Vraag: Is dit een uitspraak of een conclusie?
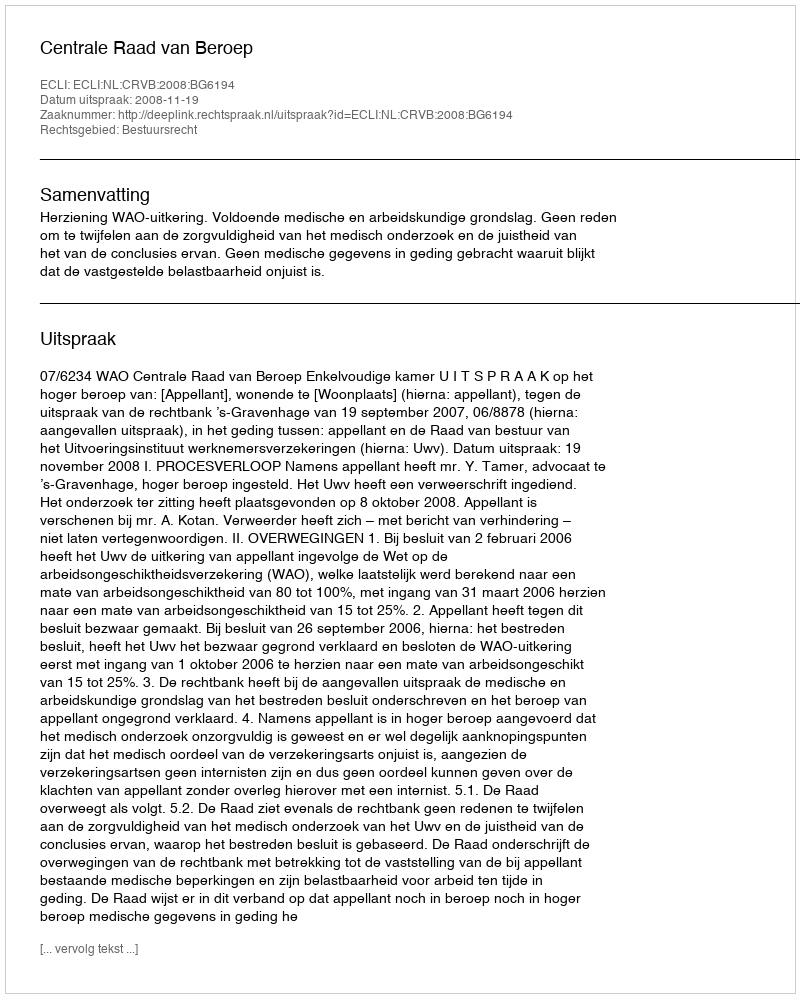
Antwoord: Uitspraak